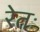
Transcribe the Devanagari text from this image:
रेतः